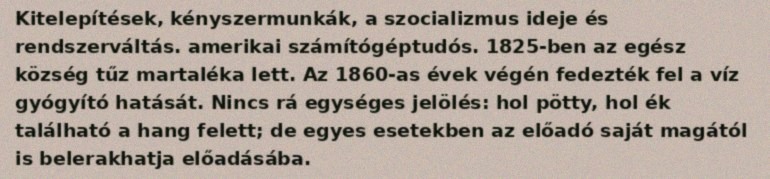
Kitelepítések, kényszermunkák, a szocializmus ideje és rendszerváltás. amerikai számítógéptudós. 1825-ben az egész község tűz martaléka lett. Az 1860-as évek végén fedezték fel a víz gyógyító hatását. Nincs rá egységes jelölés: hol pötty, hol ék található a hang felett; de egyes esetekben az előadó saját magától is belerakhatja előadásába.